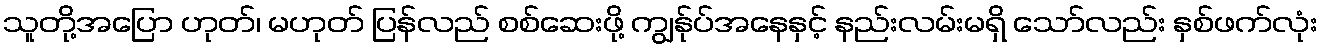
သူတို့အပြော ဟုတ်၊ မဟုတ် ပြန်လည် စစ်ဆေးဖို့ ကျွန်ုပ်အနေနှင့် နည်းလမ်းမရှိ သော်လည်း နှစ်ဖက်လုံး